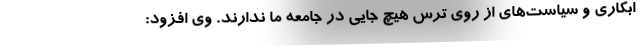
ابکاری و سیاست‌های از روی ترس هیچ جایی در جامعه ما ندارند. وی افزود: